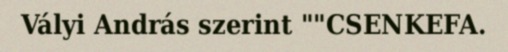
Vályi András szerint ""CSENKEFA.